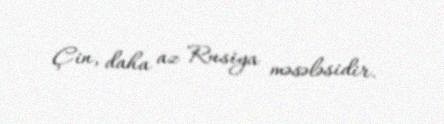
Çin, daha az Rusiya məsələsidir.